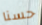
حسنا